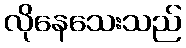
လိုနေသေးသည်